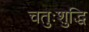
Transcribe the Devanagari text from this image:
चतुःशुद्धि